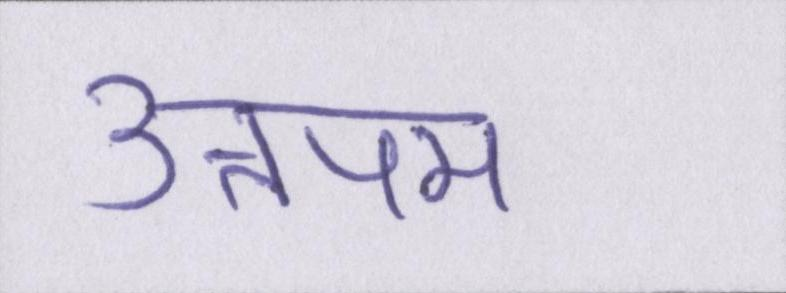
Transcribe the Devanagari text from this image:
उत्तपम